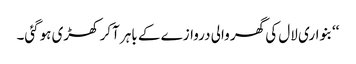
‘‘بنواری لال کی گھر والی دروازے کے باہر آکر کھڑی ہوگئی۔